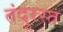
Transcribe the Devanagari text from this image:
तंदुरस्त